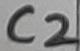
Text: C2